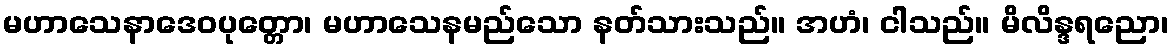
မဟာသေနာဒေဝပုတ္တော၊ မဟာသေနမည်သော နတ်သားသည်။ အဟံ၊ ငါသည်။ မိလိန္ဒရညော၊